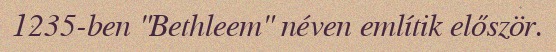
1235-ben "Bethleem" néven említik először.